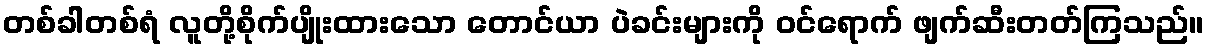
တစ်ခါတစ်ရံ လူတို့စိုက်ပျိုးထားသော တောင်ယာ ပဲခင်းများကို ဝင်ရောက် ဖျက်ဆီးတတ်ကြသည်။